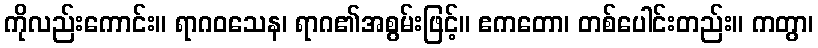
ကိုလည်းကောင်း။ ရာဂဝသေန၊ ရာဂ၏အစွမ်းဖြင့်။ ဧကတော၊ တစ်ပေါင်းတည်း။ ကတွာ၊